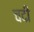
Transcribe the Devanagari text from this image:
चदी